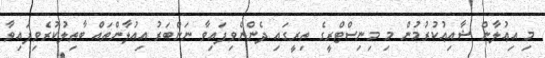
މި އިޢުލާން ޝާއިޢުކުރުމުން މި މިނިސްޓްރީގެ ތިރީގައި ދެންނެވިފައިވާ ނަންބަރު އިޢުލާންތައް ބާޠިލުކުރެވިފައިވާ